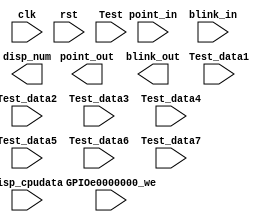
module seven_seg_Dev_IO(
		input clk,	// io_clk CPU
		input rst,
		input GPIOe0000000_we,	// = 1 0 
		input [31:0] point_in,	//  8  4 
		input [31:0] blink_in,	//  8  4 
		input [2:0] Test,	//  SW[7:5]
		input [31:0] disp_cpudata,	//  0
		input [31:0] Test_data1,	//  1
		input [31:0] Test_data2,	//  2
		input [31:0] Test_data3,	//  3
		input [31:0] Test_data4,	//  4
		input [31:0] Test_data5,	//  5
		input [31:0] Test_data6,	//  6
		input [31:0] Test_data7,	//  7
		output reg [3:0] point_out,	// 
		output reg [3:0] blink_out, // 
		output [31:0] disp_num	//  7 
	);
endmodule